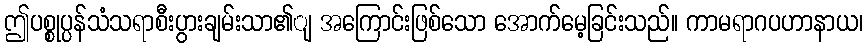
ဤပစ္စုပ္ပန်သံသရာစီးပွားချမ်းသာ၏ျ အကြောင်းဖြစ်သော အောက်မေ့ခြင်းသည်။ ကာမရာဂပဟာနာယ၊